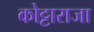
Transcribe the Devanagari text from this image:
कोट्टाराजा